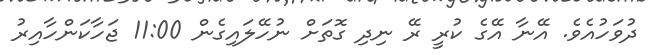
ދުވަހުއެވެ. އޭނާ އޭގެ ކުރީ ރޭ ނިދި ގޮތަށް ނުހޭލައިގެން 11:00 ޖަހާކަންހާއިރު